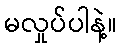
မလှုပ်ပါနဲ့။